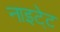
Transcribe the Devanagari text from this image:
नाइटे्ट